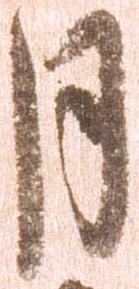
月